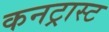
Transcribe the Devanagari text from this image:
कनट्रास्ट